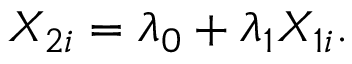
X _ { 2 i } = \lambda _ { 0 } + \lambda _ { 1 } X _ { 1 i } .